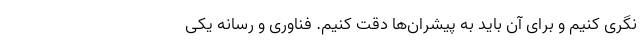
نگری کنیم و برای آن باید به پیشران‌ها دقت کنیم. فناوری و رسانه یکی